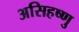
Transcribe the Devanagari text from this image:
असिहष्णु